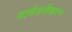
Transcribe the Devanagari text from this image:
सार्वजनीकरण